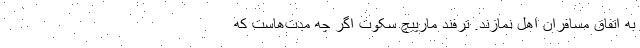
به اتفاق مسافران اهل نمازند. ترفند مارپیچ سکوت اگر چه مدت‌هاست که